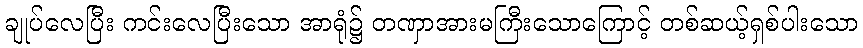
ချုပ်လေပြီး ကင်းလေပြီးသော အာရုံ၌ တဏှာအားမကြီးသောကြောင့် တစ်ဆယ့်ရှစ်ပါးသော